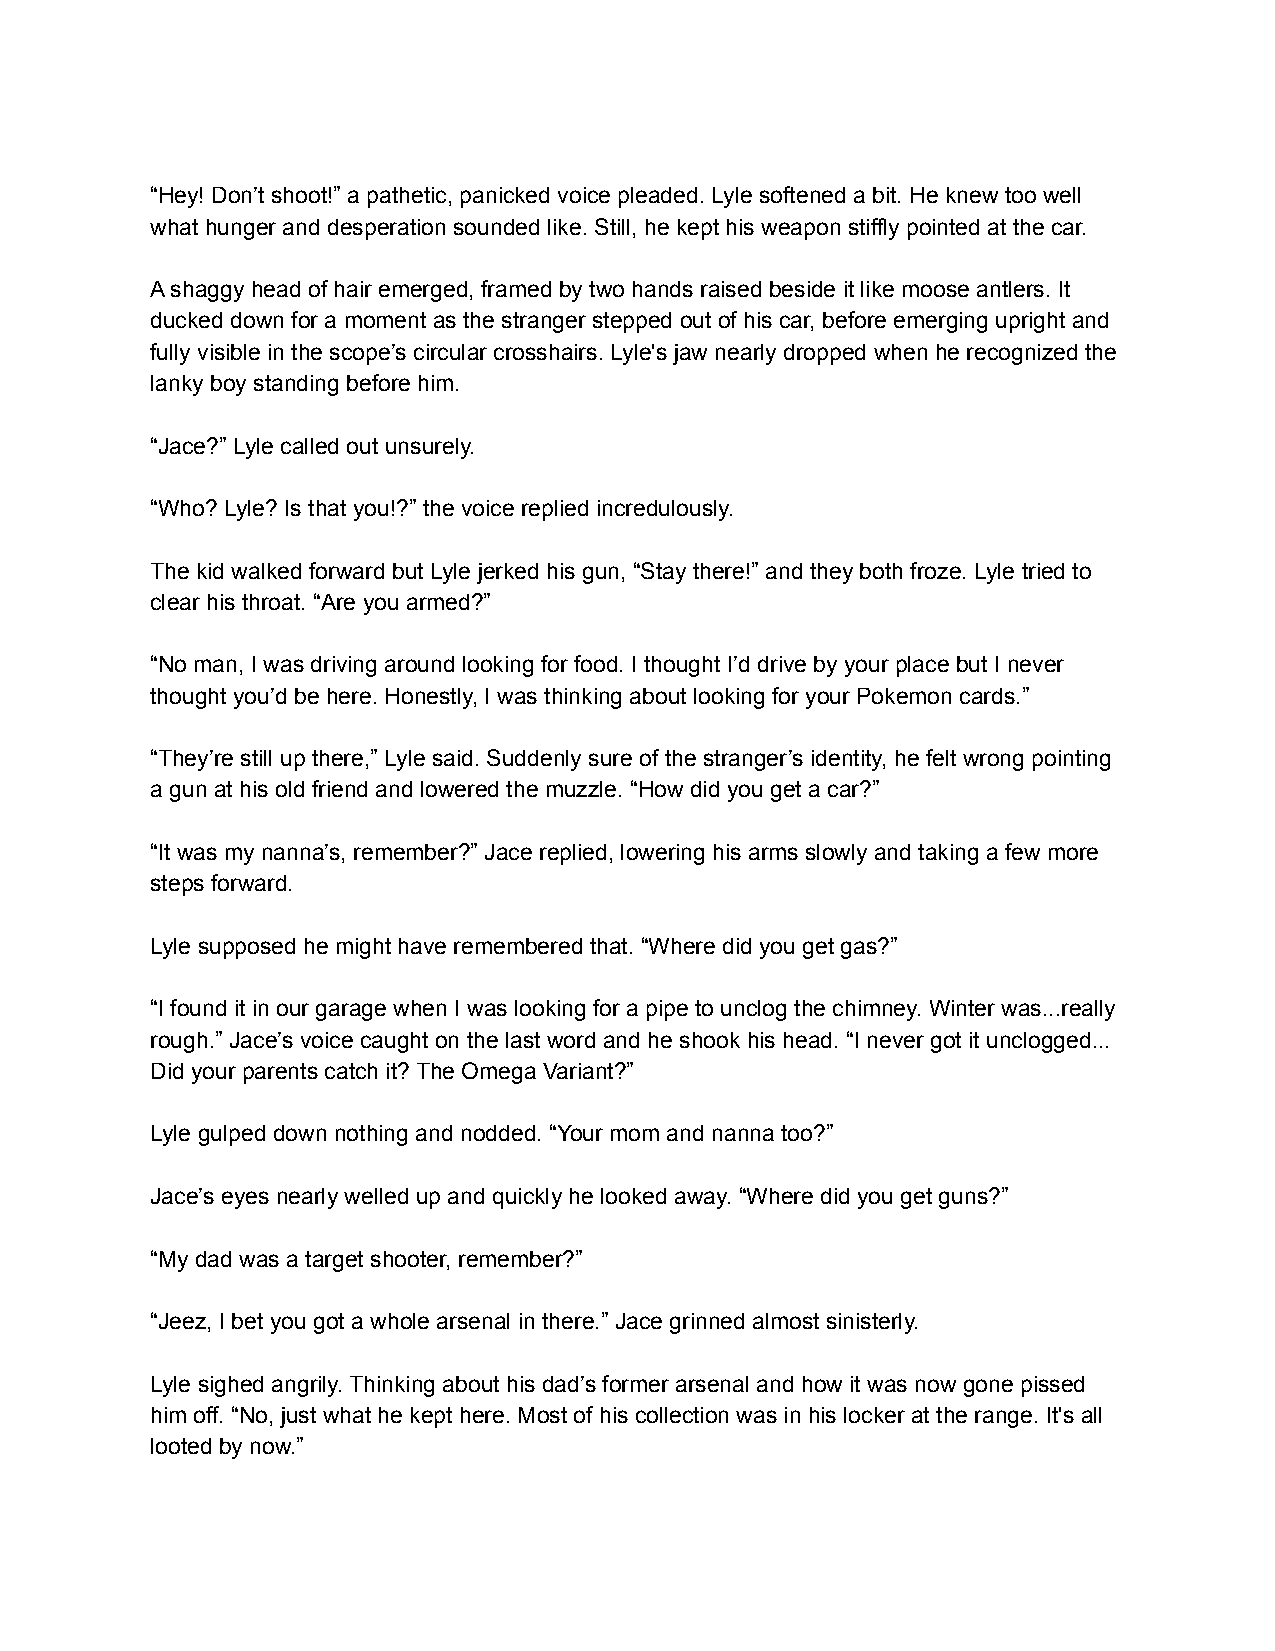
“Hey! Don’t shoot!” a pathetic, panicked voice pleaded. Lyle softened a bit. He knew too well
 what hunger and desperation sounded like. Still, he kept his weapon stiffly pointed at the car.
 A shaggy head of hair emerged, framed by two hands raised beside it like moose antlers. It
 ducked down for a moment as the stranger stepped out of his car, before emerging upright and
 fully visible in the scope’s circular crosshairs. Lyle's jaw nearly dropped when he recognized the
 lanky boy standing before him.
 “Jace?” Lyle called out unsurely.
 “Who? Lyle? Is that you!?” the voice replied incredulously.
 The kid walked forward but Lyle jerked his gun, “Stay there!” and they both froze. Lyle tried to
 clear his throat. “Are you armed?”
 “No man, I was driving around looking for food. I thought I’d drive by your place but I never
 thought you’d be here. Honestly, I was thinking about looking for your Pokemon cards.”
 “They’re still up there,” Lyle said. Suddenly sure of the stranger’s identity, he felt wrong pointing
 a gun at his old friend and lowered the muzzle. “How did you get a car?”
 “It was my nanna’s, remember?” Jace replied, lowering his arms slowly and taking a few more
 steps forward.
 Lyle supposed he might have remembered that. “Where did you get gas?”
 “I found it in our garage when I was looking for a pipe to unclog the chimney. Winter was...really
 rough.” Jace’s voice caught on the last word and he shook his head. “I never got it unclogged...
 Did your parents catch it? The Omega Variant?”
 Lyle gulped down nothing and nodded. “Your mom and nanna too?”
 Jace’s eyes nearly welled up and quickly he looked away. “Where did you get guns?”
 “My dad was a target shooter, remember?”
 “Jeez, I bet you got a whole arsenal in there.” Jace grinned almost sinisterly.
 Lyle sighed angrily. Thinking about his dad’s former arsenal and how it was now gone pissed
 him off. “No, just what he kept here. Most of his collection was in his locker at the range. It's all
 looted by now.”